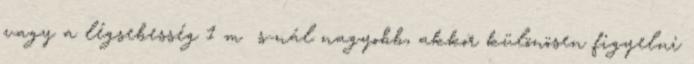
vagy a légsebesség 1 m s-nál nagyobb, akkor különösen figyelni